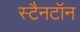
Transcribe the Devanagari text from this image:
स्टैनटॉन